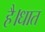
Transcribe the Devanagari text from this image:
है।धात